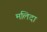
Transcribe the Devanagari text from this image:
मलिदा